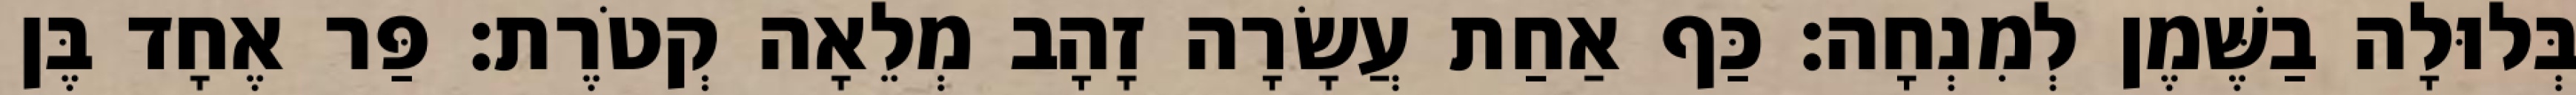
בְּלוּלָה בַשֶּׁמֶן לְמִנְחָה׃ כַּף אַחַת עֲשָׂרָה זָהָב מְלֵאָה קְטֹרֶת׃ פַּר אֶחָד בֶּן